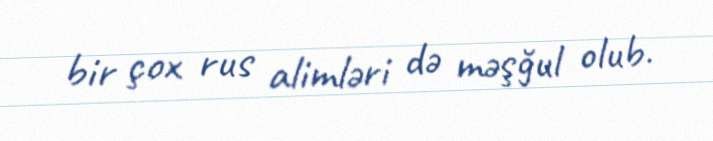
bir çox rus alimləri də məşğul olub.